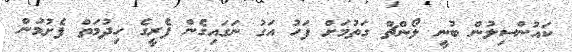
ކައުންސިލުން ބުނީ ލޯންޗް ގަތުމަށް ފަހު އަގު ނަގައިގެން ފެރީގެ ހިދުމަތް ފެށުމުން